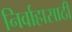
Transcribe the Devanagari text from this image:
निर्वाहासाठी